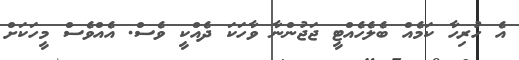
އެ ހުރިހާ ކަމެއް ބެލެހެއްޓީ ޖަޖުންނާ ވާހަކަ ދެއްކީ ވެސް. އެއްވެސް މީހަކަށް